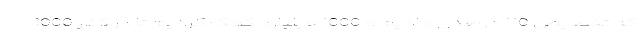
که تخصیص 110 درصدی دادیم و 1000 میلیارد کمک کردیم تا در کنار 1000